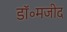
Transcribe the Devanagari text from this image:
डॉ॰मजीद